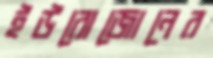
ইউরোজোনের